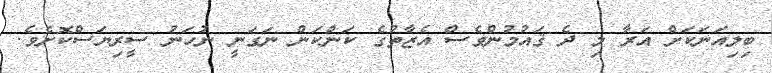
ބިލިއަނަކަށް އަރާ މި ދެ ޤައުމުންވެސް އެޒާތުގެ ކަންކަން ނަގަނީ ނުހަނު ސީރިޔަސްކޮށެވެ.